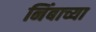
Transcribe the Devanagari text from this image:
निंबाच्या